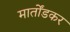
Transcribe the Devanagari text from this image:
मार्तोंडकर